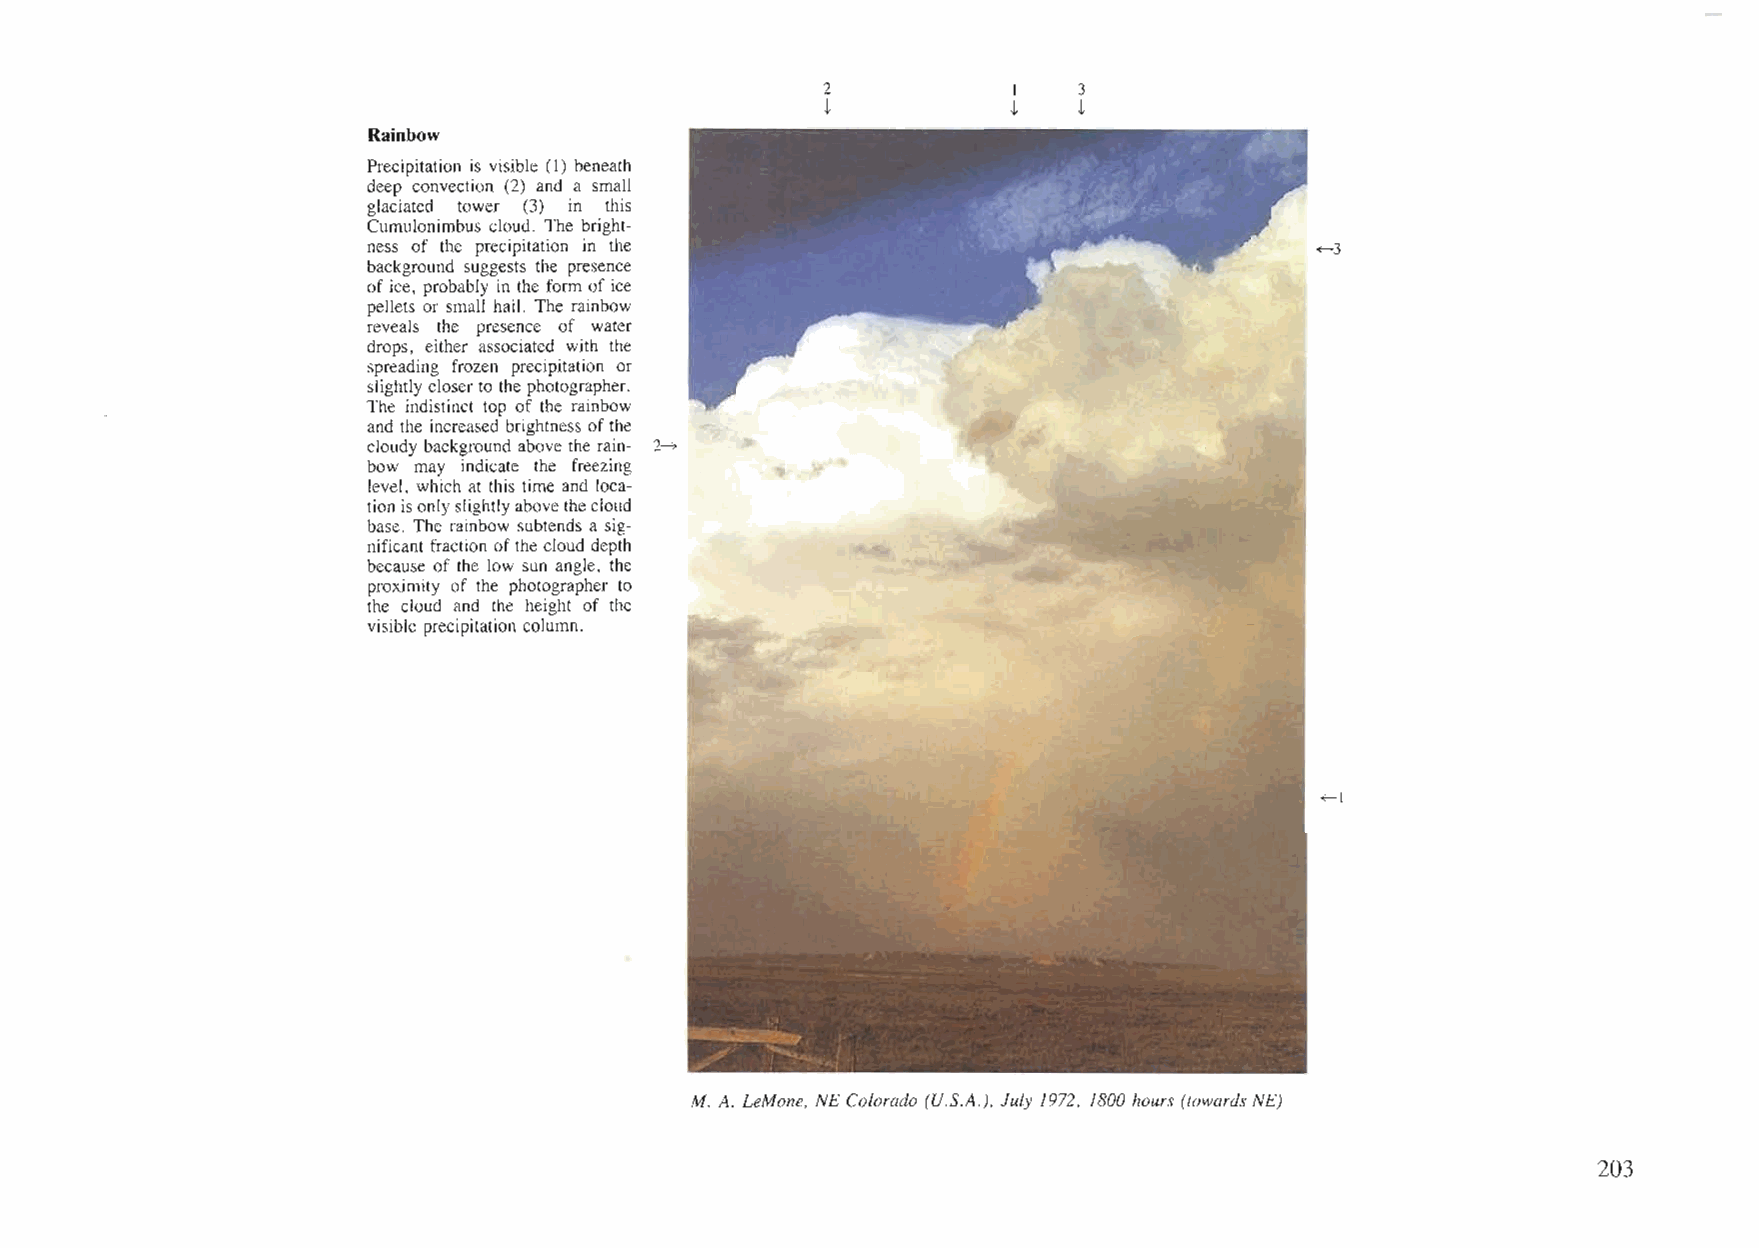
2            I   3
 ~            ~   ~
 Rainbow
 Precipitation is visible (1) beneath
 deep convection (2) and a small
 glaciated tower (3) in this
 Cumulonimbus cloud. The bright-
 ness of the precipitation in the                               ~3
 background suggests the presence
 of ice, probably in the form ofice
 pellets or small hail. The rainbow
 reveals the presence of water
 drops, either associated with the
 spreading frozen precipitation or
 slightly closerto the photographer.
 The indistinct top of the rainbow
 and the increased brightness ofthe
 cloudy background above the rain- 2~
 bow may indicate the freezing
 level, which at this time and loca-
 tionisonlyslightlyabovethecloud
 base. The rainbow subtends a sig
 nificant fraction ofthe cloud depth
 because of the low sun angle, the
 proximity of the photographer to
 the cloud and the height of the
 visible precipitation column.
 ~I
 M. A. LeMone, NE Colorado (U.S.A.), July 1972, 1800 hours (towards NE)
 203